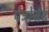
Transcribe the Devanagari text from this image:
पेट्रोनेट